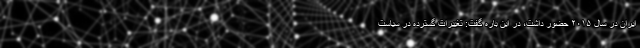
ایران در سال ۲۰۱۵ حضور داشت، در این باره گفت: تغییرات گسترده در سیاست